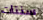
سنتات